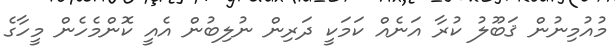
މުއުމިނުން ޤަބޫލު ކުރާ އަނެއް ކަމަކީ ދަރިން ނުލިބުން އެއީ ކޮންމެހެން މީހާގެ